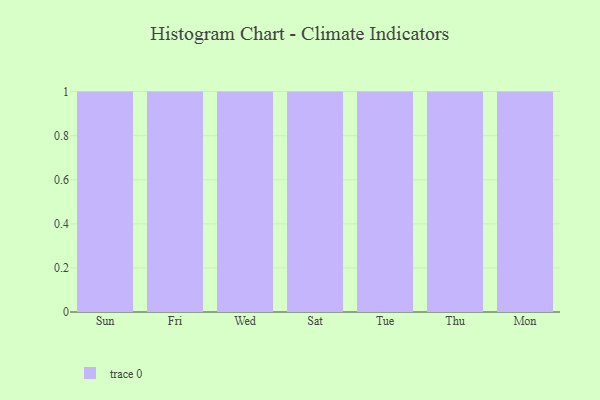
{"axis": {"x": "Day", "y": "Website Visitors"}, "legend": [""], "data": [{"x": "Sun", "y": 52, "type": ""}, {"x": "Fri", "y": 5, "type": ""}, {"x": "Wed", "y": 71, "type": ""}, {"x": "Sat", "y": 87, "type": ""}, {"x": "Tue", "y": 97, "type": ""}, {"x": "Thu", "y": 52, "type": ""}, {"x": "Mon", "y": 46, "type": ""}]}